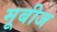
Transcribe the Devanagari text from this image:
मूबीज